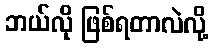
ဘယ်လို ဖြစ်ရတာလဲလို့